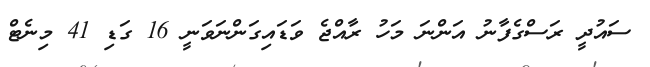
ސައުދީ ރަސްގެފާނު އަންނަ މަހު ރާއްޖެ ވަޑައިގަންނަވަނީ 16 ގަޑި 41 މިނެޓް